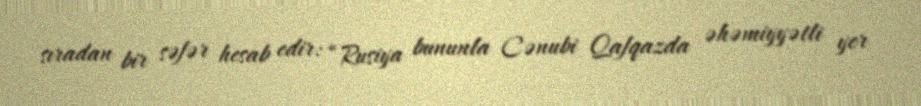
sıradan bir səfər hesab edir: “Rusiya bununla Cənubi Qafqazda əhəmiyyətli yer